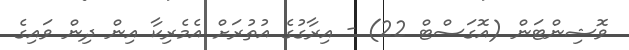
ވޮޝިންޓަން (އޮގަސްޓް 22) - އިރާގުގެ އުތުރަށް އެެމެރިކާ އިން ދިން ވައިގެ